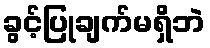
ခွင့်ပြုချက်မရှိဘဲ